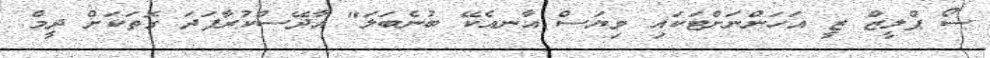
ސޯ ޕްލީޒް ޒީ އަހަންނަށްޓަކައި ވިޔަސް އާނއެކޭ ބުނެބަލަ" އާދޭސްކުރާފަދަ ގޮތަކަށް ދީމް